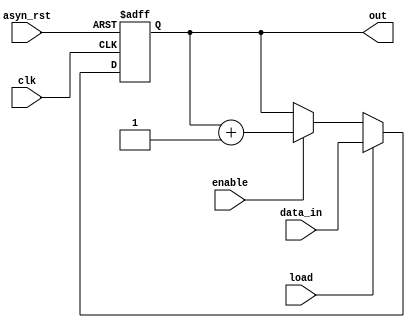
//////////////////////////counter.v///////////////////////////////////////////////////////////////////////////////
														//
//Designed Engineer:	Ravi Gupta										//
//Company Name	   :	Toomuch Semiconductor
														//
//Purpose	   :	Used for counting clock pulses for prescale register and number of bytes transferred	//
														//				
//////////////////////////////////////////////////////////////////////////////////////////////////////////////////

/*// synopsys translate_off
`include "oc8051_timescale.v"
// synopsys translate_on

`include "oc8051_defines.v"*/


module counter (clk,asyn_rst,enable,load,data_in,out);

input	clk,asyn_rst,enable,load;
input	[7:0] data_in;
output	[7:0] out;

reg	[7:0]data;

always@(posedge clk or posedge asyn_rst)
begin
	if(asyn_rst)
		data<=8'h0;				//clear all bits upon asynchronous reset.
	else if(load)
		data<=data_in;				//load the counter with incoming data if load signal is high
	else if(enable)
		data<=data + 1'b1;			//Increment the counter if enable bit is high
	else
		data<=data;				//else hold the data;else part is mention to avoid latch formation
end

assign out=data;

endmodule